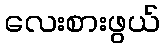
လေးစားဖွယ်